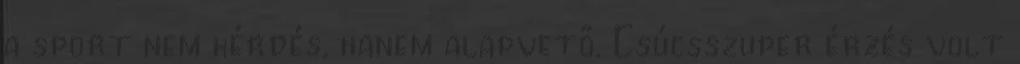
a sport nem kérdés, hanem alapvető. Csúcsszuper érzés volt